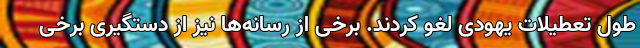
طول تعطیلات یهودی لغو کردند. برخی از رسانه‌ها نیز از دستگیری برخی